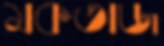
মকতাজ